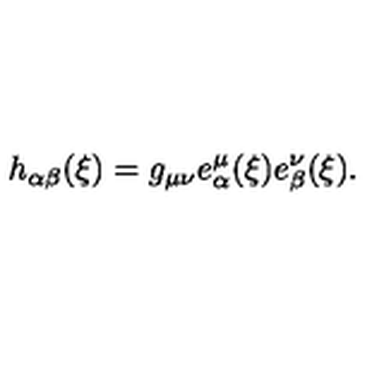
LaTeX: h _ { \alpha \beta } ( \xi ) = g _ { \mu \nu } e _ { \alpha } ^ { \mu } ( \xi ) e _ { \beta } ^ { \nu } ( \xi ) .